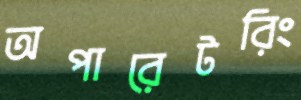
অপারেটরিং